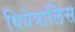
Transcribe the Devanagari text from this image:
थियेत्रालिस